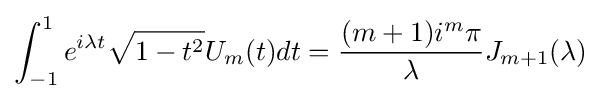
\int _{-1}^{1}e^{i\lambda t}{\sqrt {1-t^{2}}}U_{m}(t)dt={\frac {(m+1)i^{m}\pi }{\lambda }}J_{m+1}(\lambda )